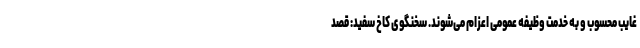
غایب محسوب و به خدمت وظیفه عمومی اعزام می‌شوند. سخنگوی کاخ سفید: قصد